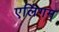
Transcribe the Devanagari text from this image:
एलिंगम